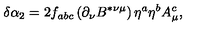
\delta \alpha _ { 2 } = 2 f _ { a b c } \left( \partial _ { \nu } B ^ { * \nu \mu } \right) \eta ^ { a } \eta ^ { b } A _ { \mu } ^ { c } ,